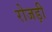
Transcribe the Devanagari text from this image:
रोजड़ी